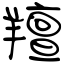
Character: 羶